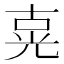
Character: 𰃍